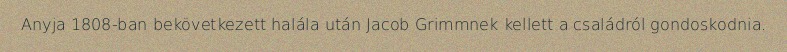
Anyja 1808-ban bekövetkezett halála után Jacob Grimmnek kellett a családról gondoskodnia.